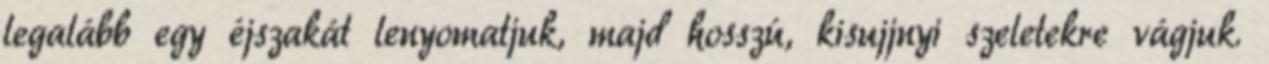
legalább egy éjszakát lenyomatjuk, majd hosszú, kisujjnyi szeletekre vágjuk.